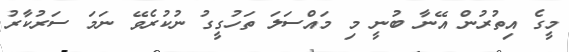
މީގެ އިތުރުން އޭނާ ބުނީ މި މައްސަލަ ތަހުގީގު ނުކުރެވޭ ނަމަ ސަރުކާރު